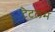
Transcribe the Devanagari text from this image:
टैटलम